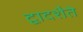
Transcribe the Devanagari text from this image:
द्वादशैते